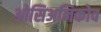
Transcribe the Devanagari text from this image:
ओसिअनिकोव